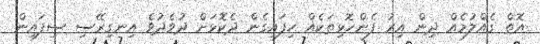
އޮތް ގެއްލުމެއް ދިން އިރު ފެންހޮޅިތަކެއް ހިފައިގެން ދެކޮޅަށް ދުވެދުވެ އިނގިރޭސި ސިފައިން